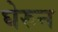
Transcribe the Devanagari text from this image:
घेरुन